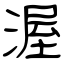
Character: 渥